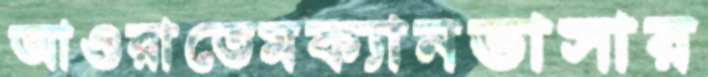
আওরাতেমক্যানভাসার